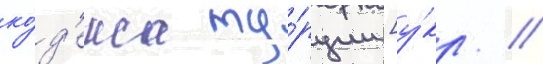
ко́д'екса ту́рции [у́кр. /